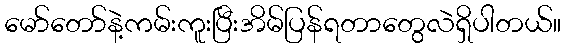
မော်တော်နဲ့ကမ်းကူးပြီးအိမ်ပြန်ရတာတွေလဲရှိပါတယ်။